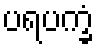
ပရပက္ခံ